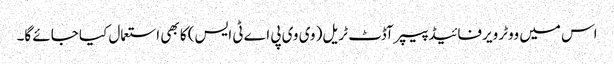
اس میں ووٹر ویرفائیڈ پیپر آڈٹ ٹریل( وی وی پی اے ٹی ایس) کا بھی استعمال کیا جائے گا۔